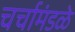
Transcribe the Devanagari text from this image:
चर्चामंडळे